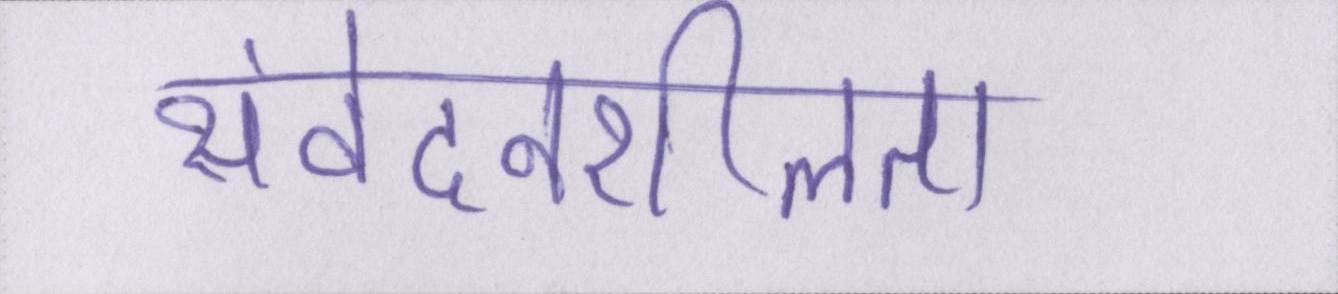
संवेदनशीलता